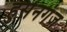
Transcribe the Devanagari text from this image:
हुसेनगंज